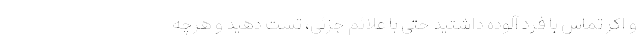
و اکر تماس با فرد آلوده داشتید حتی با علائم جزئی، تست دهید و هرچه